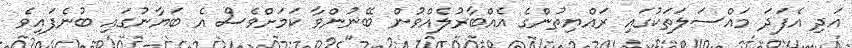
އަދި އެފަދަ މައްސަލަތަކުގައި ރައްޔިތުންގެ އެއްބާރުލެއްވުން ބޭނުންވާ ކަމަށްވެސް އެ ބަޔާނުގައި ބުނެފައިވެ